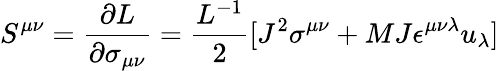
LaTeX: S^{\mu\nu}={\frac{\partial L}{\partial\sigma_{\mu\nu}}}={\frac{L^{-1}}{2}}[J^{2}\sigma^{\mu\nu}+{MJ}\epsilon^{\mu\nu\lambda}u_{\lambda}]